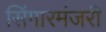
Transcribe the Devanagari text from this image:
सिंगारमंजरी